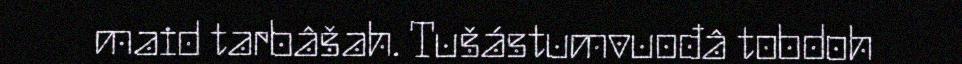
maid tarbâšah. Tušástumvuođâ tobdoh